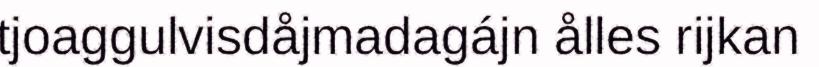
tjoaggulvisdåjmadagájn ålles rijkan